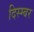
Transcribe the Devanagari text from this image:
दिस्म्बर